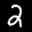
Label: 2